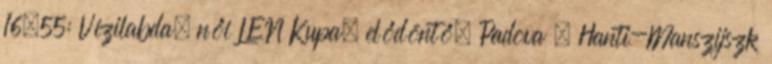
16.55: Vízilabda, női LEN Kupa, elődöntő, Padova – Hanti-Manszijszk